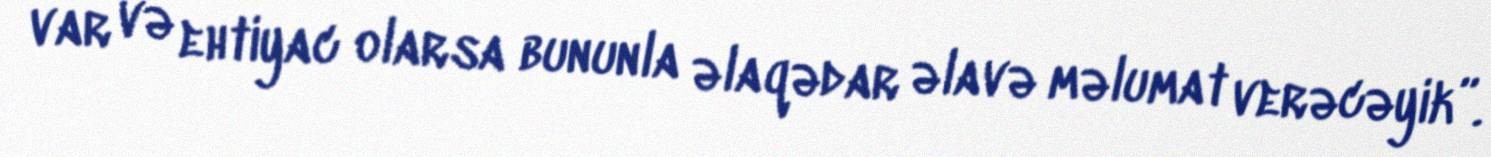
var və ehtiyac olarsa bununla əlaqədar əlavə məlumat verəcəyik”.